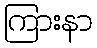
ကြားနာ